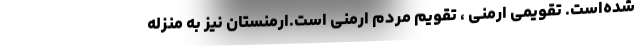
شده‌است. تقویمی ارمنی ، تقویم مردم ارمنی است.ارمنستان نیز به منزلهٔ